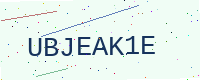
Text: UBJEAK1E